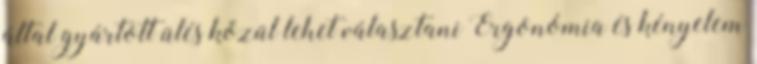
által gyártott ülés közül lehet választani Ergonómia és kényelem